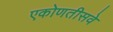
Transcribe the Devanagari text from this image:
एकोणतीसवे